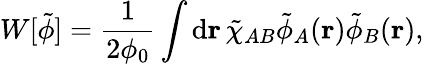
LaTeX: W[\tilde{\phi}]=\frac{1}{2\phi_{0}}\int\mathrm{d}\mathbf{r}\, \tilde{\chi}_{AB}\tilde{\phi}_{A}(\mathbf{r})\tilde{\phi}_{B}(\mathbf{r}),